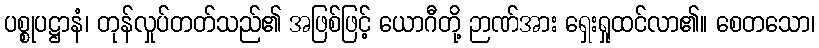
ပစ္စုပဋ္ဌာနံ၊ တုန်လှုပ်တတ်သည်၏ အဖြစ်ဖြင့် ယောဂီတို့ ဉာဏ်အား ရှေးရှုထင်လာ၏။ စေတသော၊